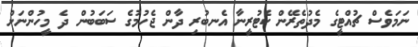
ނަމަވެސް ޗުއްޓީގެ މެދުތެރޭން ކެޓުރީނާ އެނބުރި ދާން ޖެހުމުގެ ސަބަބުން ދެ މީހުންނަށް